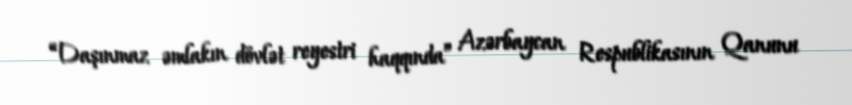
“Daşınmaz əmlakın dövlət reyestri haqqında” Azərbaycan Respublikasının Qanunu